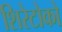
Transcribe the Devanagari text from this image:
शिरेटोको